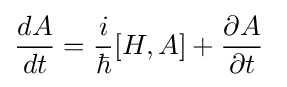
{\frac {dA}{dt}}={\frac {i}{\hbar }}[H,A]+{\frac {\partial A}{\partial t}}~